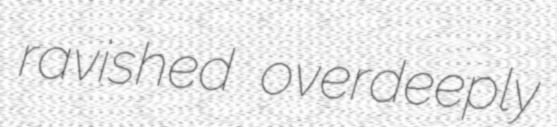
ravished overdeeply